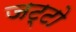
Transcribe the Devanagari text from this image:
जट्टो